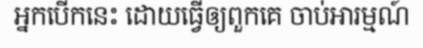
អ្នកបើកនេះ ដោយធ្វើឲ្យពួកគេ ចាប់អារម្មណ៍